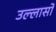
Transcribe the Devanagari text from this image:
उल्लासों